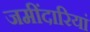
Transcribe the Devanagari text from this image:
जमींदारियां